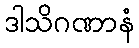
ဒါသိဂဏာနံ